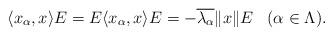
LaTeX: \begin{align*}\langle x_{\alpha}, x \rangle E = E \langle x_{\alpha}, x \rangle E= -\overline{\lambda_\alpha}\|x\| E\,\,\,\,\,(\alpha\in \Lambda).\end{align*}